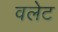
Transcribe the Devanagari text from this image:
वलेट